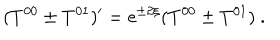
( T ^ { 0 0 } \pm T ^ { 0 1 } ) ^ { \prime } = \mathrm { e } ^ { \pm 2 \xi } ( T ^ { 0 0 } \pm T ^ { 0 1 } ) \ .